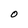
Character: O